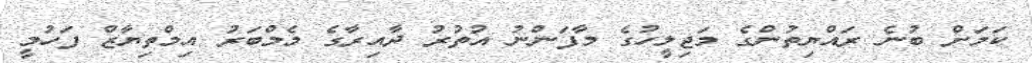
ކަމަށް ބުނެ ރައްޔިތުންގެ މަޖިލީހުގެ މާފަންނު އުތުރު ދާއިރާގެ މެމްބަރު އިމްތިޔާޒް ފަހުމީ